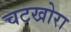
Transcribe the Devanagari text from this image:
चटखोरा